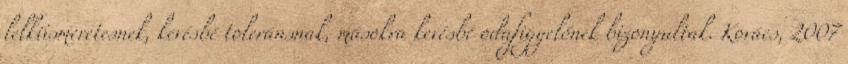
lelkiismeretesnek, kevésbé toleránsnak, másokra kevésbé odafigyelőnek bizonyultak. Kovács, 2007